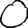
Digit: 0